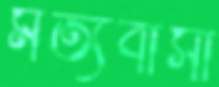
মর্ত্যবাসী